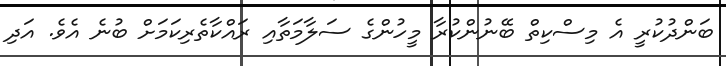
ބަންދުކުރީ އެ މިސްކިތް ބޭނުންކުރާ މީހުންގެ ސަލާމަތާއި ރައްކާތެރިކަމަށް ބުނެ އެވެ. އަދި